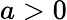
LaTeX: a>0